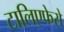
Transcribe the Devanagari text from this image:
टालिएफेरो